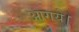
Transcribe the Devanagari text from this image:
आगये।